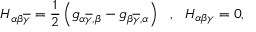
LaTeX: H _ { \alpha \beta \overline { { { \gamma } } } } = \frac { 1 } { 2 } \left( g _ { \alpha \overline { { { \gamma } } } , \beta } - g _ { \beta \overline { { { \gamma } } } , \alpha } \right) \ \ , \ \ H _ { \alpha \beta \gamma } = 0 ,